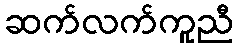
ဆက်လက်ကူညီ